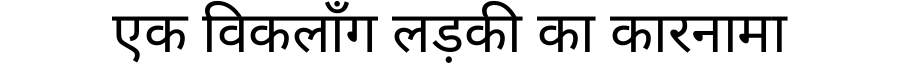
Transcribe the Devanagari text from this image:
एक विकलाँग लड़की का कारनामा